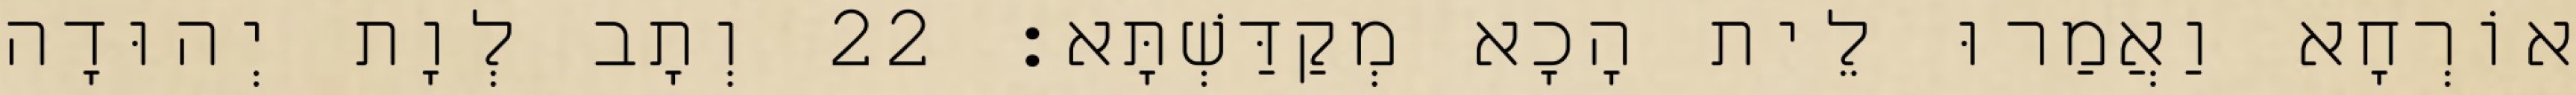
אוֹרְחָא וַאֲמַרוּ לֵית הָכָא מְקַדַּשְׁתָּא׃ 22 וְתָב לְוָת יְהוּדָה